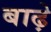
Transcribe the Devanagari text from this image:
बाढ़े